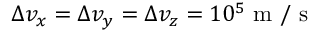
\Delta v _ { x } = \Delta v _ { y } = \Delta v _ { z } = 1 0 ^ { 5 } \mathrm { ~ m ~ / ~ s ~ }